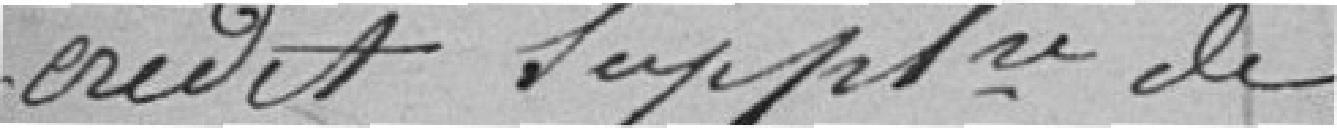
crédit supplémentaire de